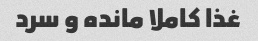
غذا کاملا مانده و سرد